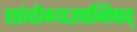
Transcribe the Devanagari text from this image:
छांदोग्यउपनिषद्